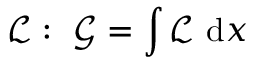
\mathcal { L } : \ \mathcal { G } = \int \mathcal { L } \ \mathrm { d } x